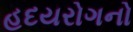
હદયરોગનો